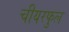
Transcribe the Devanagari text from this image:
चीयरफुल